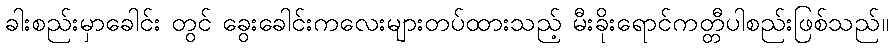
ခါးစည်းမှာခေါင်း တွင် ခွေးခေါင်းကလေးများတပ်ထားသည့် မီးခိုးရောင်ကတ္တီပါစည်းဖြစ်သည်။